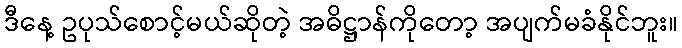
ဒီနေ့ ဥပုသ်စောင့်မယ်ဆိုတဲ့ အဓိဋ္ဌာန်ကိုတော့ အပျက်မခံနိုင်ဘူး။